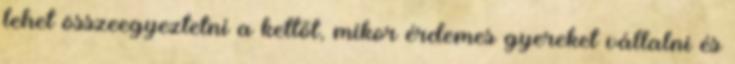
lehet összeegyeztetni a kettőt, mikor érdemes gyereket vállalni és